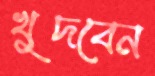
খুদবেন